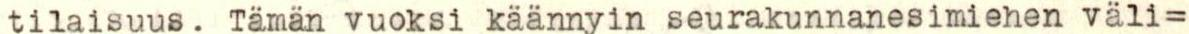
tilaisuus. Tämän vuoksi käännyin seurakunnanesimiehen väli=